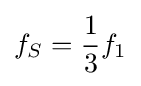
f_{S}={\frac {1}{3}}f_{1}